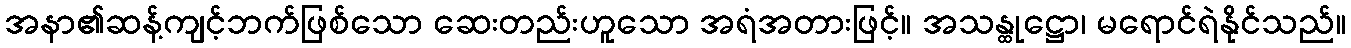
အနာ၏ဆန့်ကျင့်ဘက်ဖြစ်သော ဆေးတည်းဟူသော အရံအတားဖြင့်။ အသန္ထုဋ္ဌော၊ မရောင်ရဲနိုင်သည်။